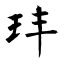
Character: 玤